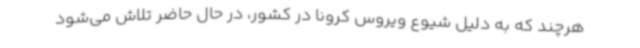
هرچند که به دلیل شیوع ویروس کرونا در کشور، در حال حاضر تلاش می‌شود